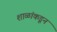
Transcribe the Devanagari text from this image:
शाळांकडून